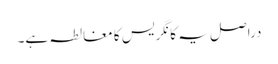
دراصل یہ کانگریس کا مغالطہ ہے۔